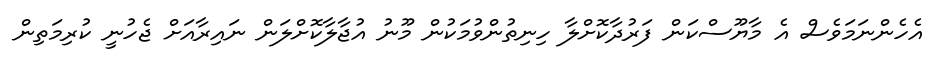
އެހެންނަމަވެސް އެ މާޔޫސްކަން ފަރުދާކޮށްލާ ހިނިތުންވުމަކުން މޫނު އުޖާލާކޮށްލަން ނައިރާއަށް ޖެހުނީ ކުރިމަތިން